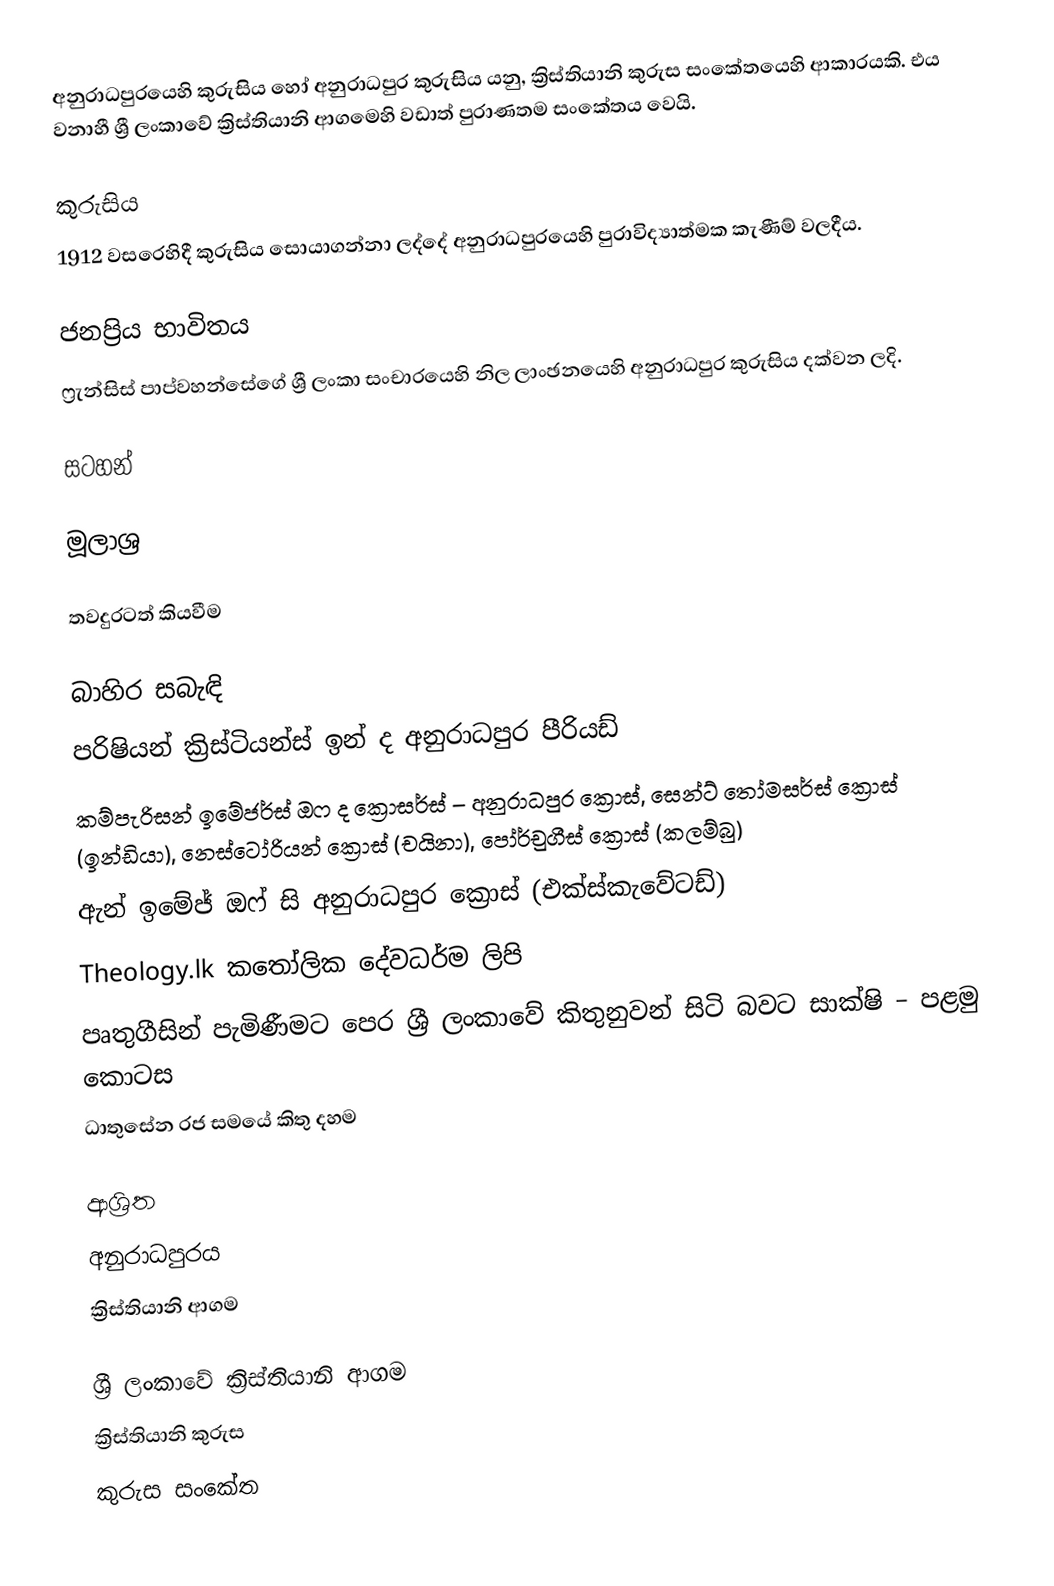
අනුරාධපුරයෙහි කුරුසිය හෝ අනුරාධපුර කුරුසිය යනු,  ක්‍රිස්තියානි කුරුස සංකේතයෙහි ආකාරයකි. එය වනාහී ශ්‍රී ලංකාවේ ක්‍රිස්තියානි ආගමෙහි වඩාත් පුරාණතම සංකේතය වෙයි.

කුරුසිය
1912 වසරෙහිදී කුරුසිය සොයාගන්නා ලද්දේ  අනුරාධපුරයෙහි පුරාවිද්‍යාත්මක කැණීම් වලදීය.

ජනප්‍රිය භාවිතය
ෆ්‍රැන්සිස් පාප්වහන්සේගේ ශ්‍රී ලංකා සංචාරයෙහි නිල ලාංඡනයෙහි අනුරාධපුර කුරුසිය දක්වන ලදි.

සටහන්

මූලාශ්‍ර

තවදුරටත් කියවීම

බාහිර සබැඳි
 පරිෂියන් ක්‍රිස්ටියන්ස් ඉන් ද අනුරාධපුර පීරියඩ්
 කම්පැරිසන් ඉමේජර්ස් ඔෆ ද ක්‍රොසර්ස් – අනුරාධපුර ක්‍රොස්, සෙන්ට් තෝමසර්ස් ක්‍රොස් (ඉන්ඩියා), නෙස්ටෝරියන් ක්‍රොස් (චයිනා), පෝර්චුගීස් ක්‍රොස් (කලම්බු)
 ඇන් ඉමේජ් ඔෆ් සි අනුරාධපුර ක්‍රොස් (එක්ස්කැවේටඩ්)
 Theology.lk කතෝලික දේවධර්ම ලිපි
 පෘතුගීසින් පැමිණීමට පෙර ශ්‍රී ලංකාවේ කිතුනුවන් සිටි බවට සාක්ෂි – පළමු කොටස
 ධාතුසේන රජ සමයේ කිතු දහම

ආශ්‍රිත
 අනුරාධපුරය
 ක්‍රිස්තියානි ආගම

ශ්‍රී ලංකාවේ ක්‍රිස්තියානි ආගම
ක්‍රිස්තියානි කුරුස
කුරුස සංකේත